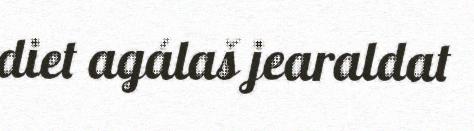
diet agálaš jearaldat